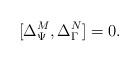
LaTeX: \begin{align*} [\Delta^M_\Psi , \Delta^N_\Gamma]=0.\end{align*}